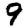
Digit: 9